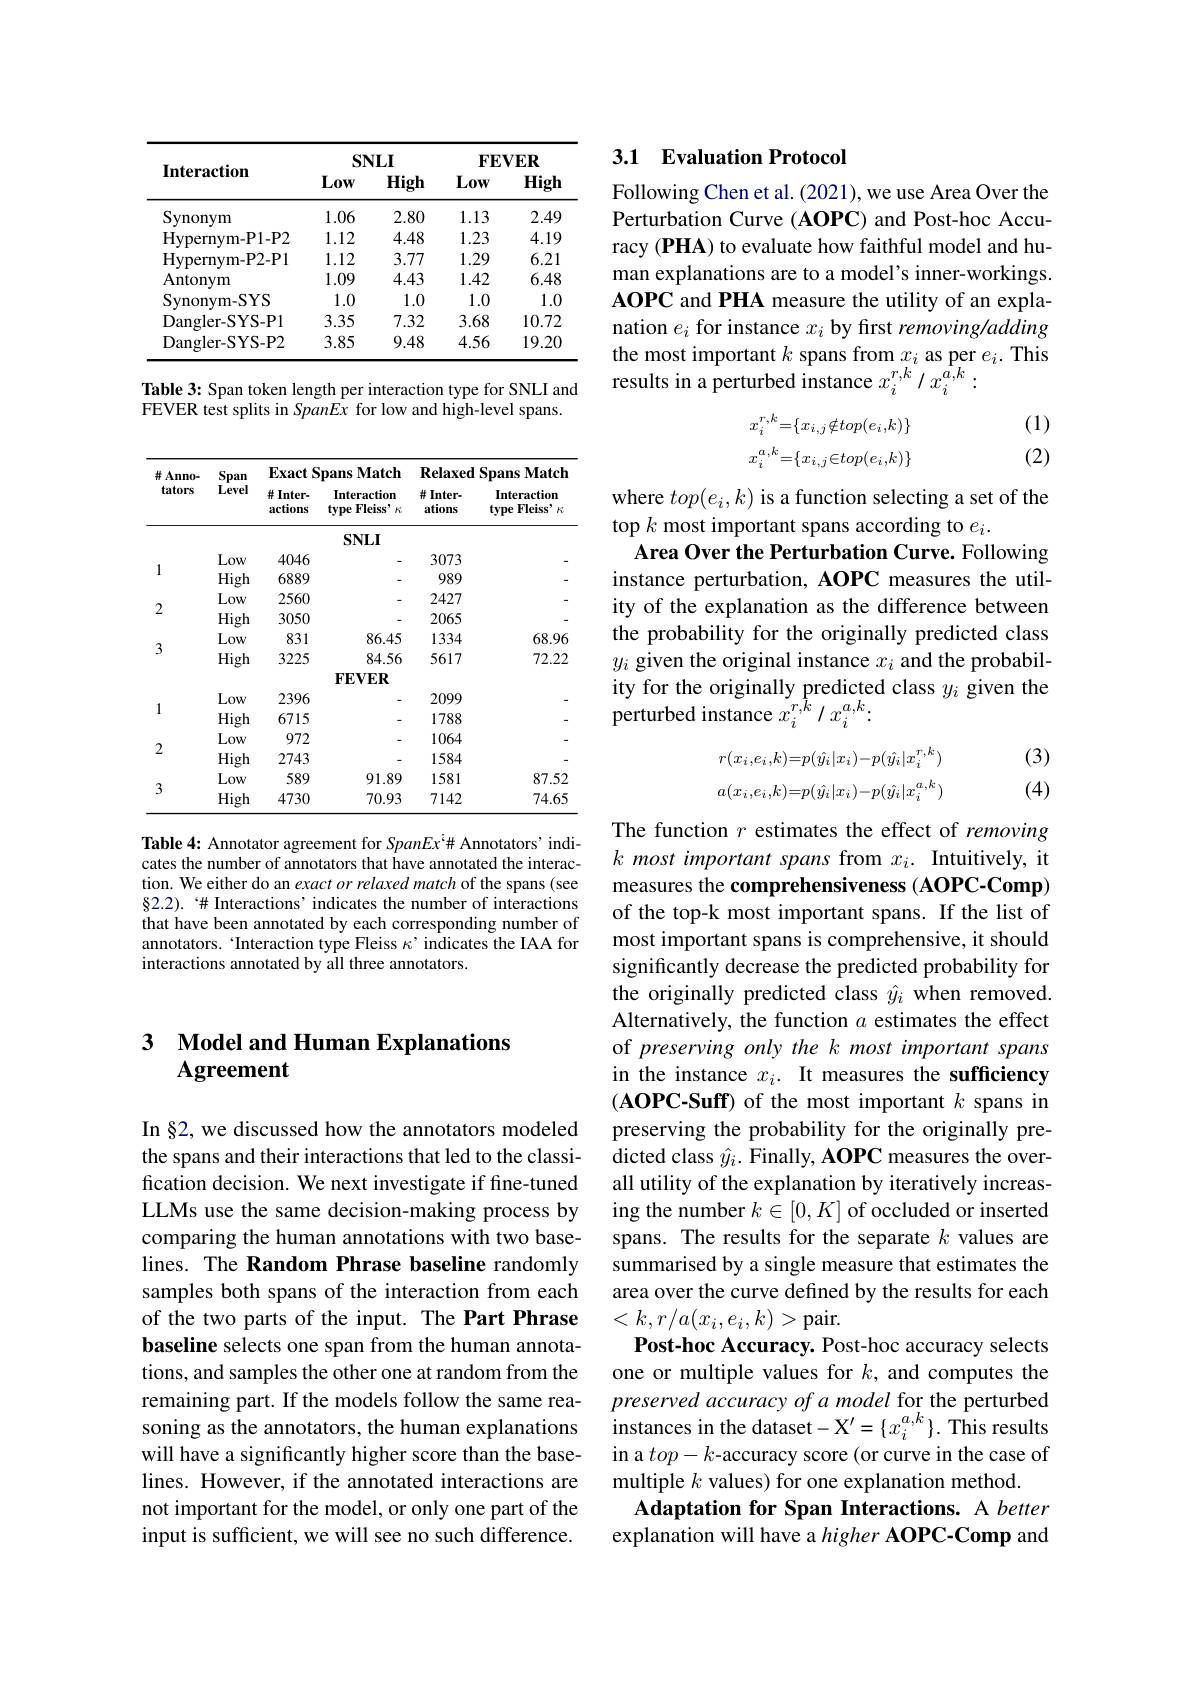
### 3 Model and Human Explanations Agreement

In §2, we discussed how the annotators modeled the spans and their interactions that led to the classification decision. We next investigate if fine-tuned LLMs use the same decision-making process by comparing the human annotations with two baselines. The Random Phrase baseline randomly samples both spans of the interaction from each of the two parts of the input. The Part Phrase baseline selects one span from the human annotations, and samples the other one at random from the remaining part. If the models follow the same reasoning as the annotators, the human explanations will have a significantly higher score than the baselines. However, if the annotated interactions are not important for the model, or only one part of the input is sufficient, we will see no such difference.

<table>
	<tbody>
		<tr>
			<th rowspan="2">Interaction</th>
			<th colspan="2">$SNLI$</th>
			<th colspan="2">$\mathbf{FEVER}$</th>
		</tr>
		<tr>
			<th>$L0w$</th>
			<th>High</th>
			<th>Low</th>
			<th>High</th>
		</tr>
		<tr>
			<td>Synonym</td>
			<td>1.06</td>
			<td>2.80</td>
			<td>1.13</td>
			<td>2.49</td>
		</tr>
		<tr>
			<td>Hvpernvm- P1- P2</td>
			<td>1.12</td>
			<td>4.48</td>
			<td>1.23</td>
			<td>4.19</td>
		</tr>
		<tr>
			<td>Hypernvm- P2- P1</td>
			<td>1.12</td>
			<td>3.77</td>
			<td>1.29</td>
			<td>6.21</td>
		</tr>
		<tr>
			<td>Antonym</td>
			<td>1.09</td>
			<td>4.43</td>
			<td>1.42</td>
			<td>6.48</td>
		</tr>
		<tr>
			<td>Synonym- SYS</td>
			<td>1.0</td>
			<td>1.0</td>
			<td>1.0</td>
			<td>1.0 1</td>
		</tr>
		<tr>
			<td>Dangler- SYS- P1</td>
			<td>3.35</td>
			<td>7.32</td>
			<td>3.68</td>
			<td>10.72</td>
		</tr>
		<tr>
			<td>Dangler- SYS- P2</td>
			<td>3.85</td>
			<td>9.48</td>
			<td>4.56</td>
			<td>19.20</td>
		</tr>
	</tbody>
</table>

Table 3: Span token length per interaction type for SNLI and FEVER test splits in SpanEx for low and high-level spans.

<table>
	<tbody>
		<tr>
			<th rowspan="2">并 Anno- tators</th>
			<th rowspan="2">Span Level</th>
			<th colspan="2">Exact Spans Match</th>
			<th colspan="2">$\mathbf{RelaxedSpansMatch}$</th>
		</tr>
		<tr>
			<th>并 Inter- actions</th>
			<th>Interaction $\textbf{type Fleiss}$, $Fi$</th>
			<th>并 Inter- ations</th>
			<th>Interaction type Fleiss' $K$</th>
		</tr>
		<tr>
			<td> </td>
			<td> </td>
			<td colspan="4">$SNLI$</td>
		</tr>
		<tr>
			<td rowspan="2">1</td>
			<td>Low</td>
			<td>4046</td>
			<td> </td>
			<td>3073</td>
			<td> </td>
		</tr>
		<tr>
			<td>High</td>
			<td>6889</td>
			<td> </td>
			<td>989</td>
			<td> </td>
		</tr>
		<tr>
			<td rowspan="2">2</td>
			<td>Low</td>
			<td>2560</td>
			<td> </td>
			<td>2427</td>
			<td> </td>
		</tr>
		<tr>
			<td>High</td>
			<td>3050</td>
			<td> </td>
			<td>2065</td>
			<td> </td>
		</tr>
		<tr>
			<td>7</td>
			<td>Low</td>
			<td>831</td>
			<td>86.45</td>
			<td>1334</td>
			<td>68.96</td>
		</tr>
		<tr>
			<td rowspan="2">3</td>
			<td>High</td>
			<td>3225</td>
			<td>84.56</td>
			<td>5617</td>
			<td>72.22</td>
		</tr>
		<tr>
			<td> </td>
			<td> </td>
			<td>$\mathbf{FEVER}$</td>
			<td> </td>
			<td> </td>
		</tr>
		<tr>
			<td> </td>
			<td>Low</td>
			<td>2396</td>
			<td> </td>
			<td>2099</td>
			<td> </td>
		</tr>
		<tr>
			<td rowspan="1">1</td>
			<td>High</td>
			<td>6715</td>
			<td> </td>
			<td>1788</td>
			<td> </td>
		</tr>
		<tr>
			<td>A</td>
			<td>Low</td>
			<td>972</td>
			<td> </td>
			<td>1064</td>
			<td> </td>
		</tr>
		<tr>
			<td rowspan="1">2</td>
			<td>High</td>
			<td>2743</td>
			<td> </td>
			<td>1584</td>
			<td> </td>
		</tr>
		<tr>
			<td rowspan="2">3</td>
			<td>Low</td>
			<td>589</td>
			<td>91.89</td>
			<td>1581</td>
			<td>87.52</td>
		</tr>
		<tr>
			<td>High</td>
			<td>4730</td>
			<td>70.93</td>
			<td>7142</td>
			<td>74.65</td>
		</tr>
	</tbody>
</table>

Table 4: Annotator agreement for SpanEx'# Annotators' indicates the number of annotators that have annotated the interaction. We either do an exact or relaxed match of the spans (see $\S2.2).`\#$ Interactions' indicates the number of interactions that have been annotated by each corresponding number of annotators. 'Interaction type Fleiss $\kappa^\mathrm{,~indicates~the~IAA~for}$ interactions annotated by all three annotators.

### 3.1 Evaluation Protocol

Following Chen et al. (2021), we use Area Over the Perturbation Curve (AOPC) and Post-hoc Accuracy (PHA) to evaluate how faithful model and human explanations are to a model's inner-workings. AOPC and PHA measure the utility of an explanation $e_i$ for instance $x_i$ by first removing/adding the most important $k$ spans from $x_i$ as per $e_i.$ This results in a perturbed instance $x_i^{r,k}/x_i^{a,k}:$
$$x_{i}^{r,k}=\{x_{i,j}\notin top(e_{i},k)\}\\x_{i}^{a,k}=\{x_{i,j}\in top(e_{i},k)\}$$
(1) (2)

where $top(e_i,k)$ is a function selecting a set of the
top $k$ most important spans according to $e_i.$
Area Over the Perturbation Curve. Following instance perturbation, AOPC measures the utility of the explanation as the difference between the probability for the originally predicted class $y_i$ given the original instance $x_i$ and the probability for the originally predicted class $y_i$ given the perturbed instance $x_i^{r,k}/x_i^{a,k}$:

(3)
$$r(x_{i},e_{i},k)=p(\hat{y_{i}}|x_{i})-p(\hat{y_{i}}|x_{i}^{r,k})\\a(x_{i},e_{i},k)=p(\hat{y_{i}}|x_{i})-p(\hat{y_{i}}|x_{i}^{a,k})$$
(4)

The function $r$ estimates the effect of removing $k\textit{ most important spans from }x_i.$ Intuitively, it measures the comprehensiveness (AOPC-Comp) of the top-k most important spans. If the list of most important spans is comprehensive, it should significantly decrease the predicted probability for the originally predicted class $\hat{y}_i$ when removed. Alternatively, the function $a$ estimates the effect of preserving only the k most important spans in the instance $x_i.$ It measures the sufficiency $( \textbf{AOPC- Suff) of the most important }k$ spans in preserving the probability for the originally predicted class $\hat{y}_i.$ Finally, AOPC measures the overall utility of the explanation by iteratively increasing the number $k\in[0,K]$ of occluded or inserted spans. The results for the separate $k$ values are summarised by a single measure that estimates the area over the curve defined by the results for each $<k,r/a(x_{i},e_{i},k)>$pair.
Post-hoc Accuracy. Post-hoc accuracy selects one or multiple values for $k$, and computes the preserved accuracy of a model for the perturbed instances in the dataset$-\mathbf{X}^\prime=\{x_{i}^{a,k}\}.$ This results in a $top-k$-accuracy score (or curve in the case of multiple $k$ values) for one explanation method.
Adaptation for Span Interactions. A better explanation will have a higher AOPC-Comp and